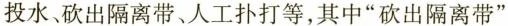
投水、砍出隔离带、人工扑打等，其中”砍出隔离带”